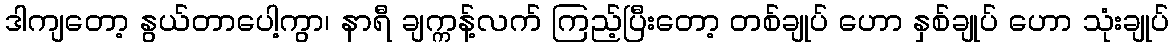
ဒါကျတော့ နွယ်တာပေါ့ကွာ၊ နာရီ ချက္ကန့်လက် ကြည့်ပြီးတော့ တစ်ချုပ် ဟော နှစ်ချုပ် ဟော သုံးချုပ်